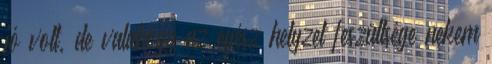
jó volt, de valahogy az egész helyzet feszültsége nekem